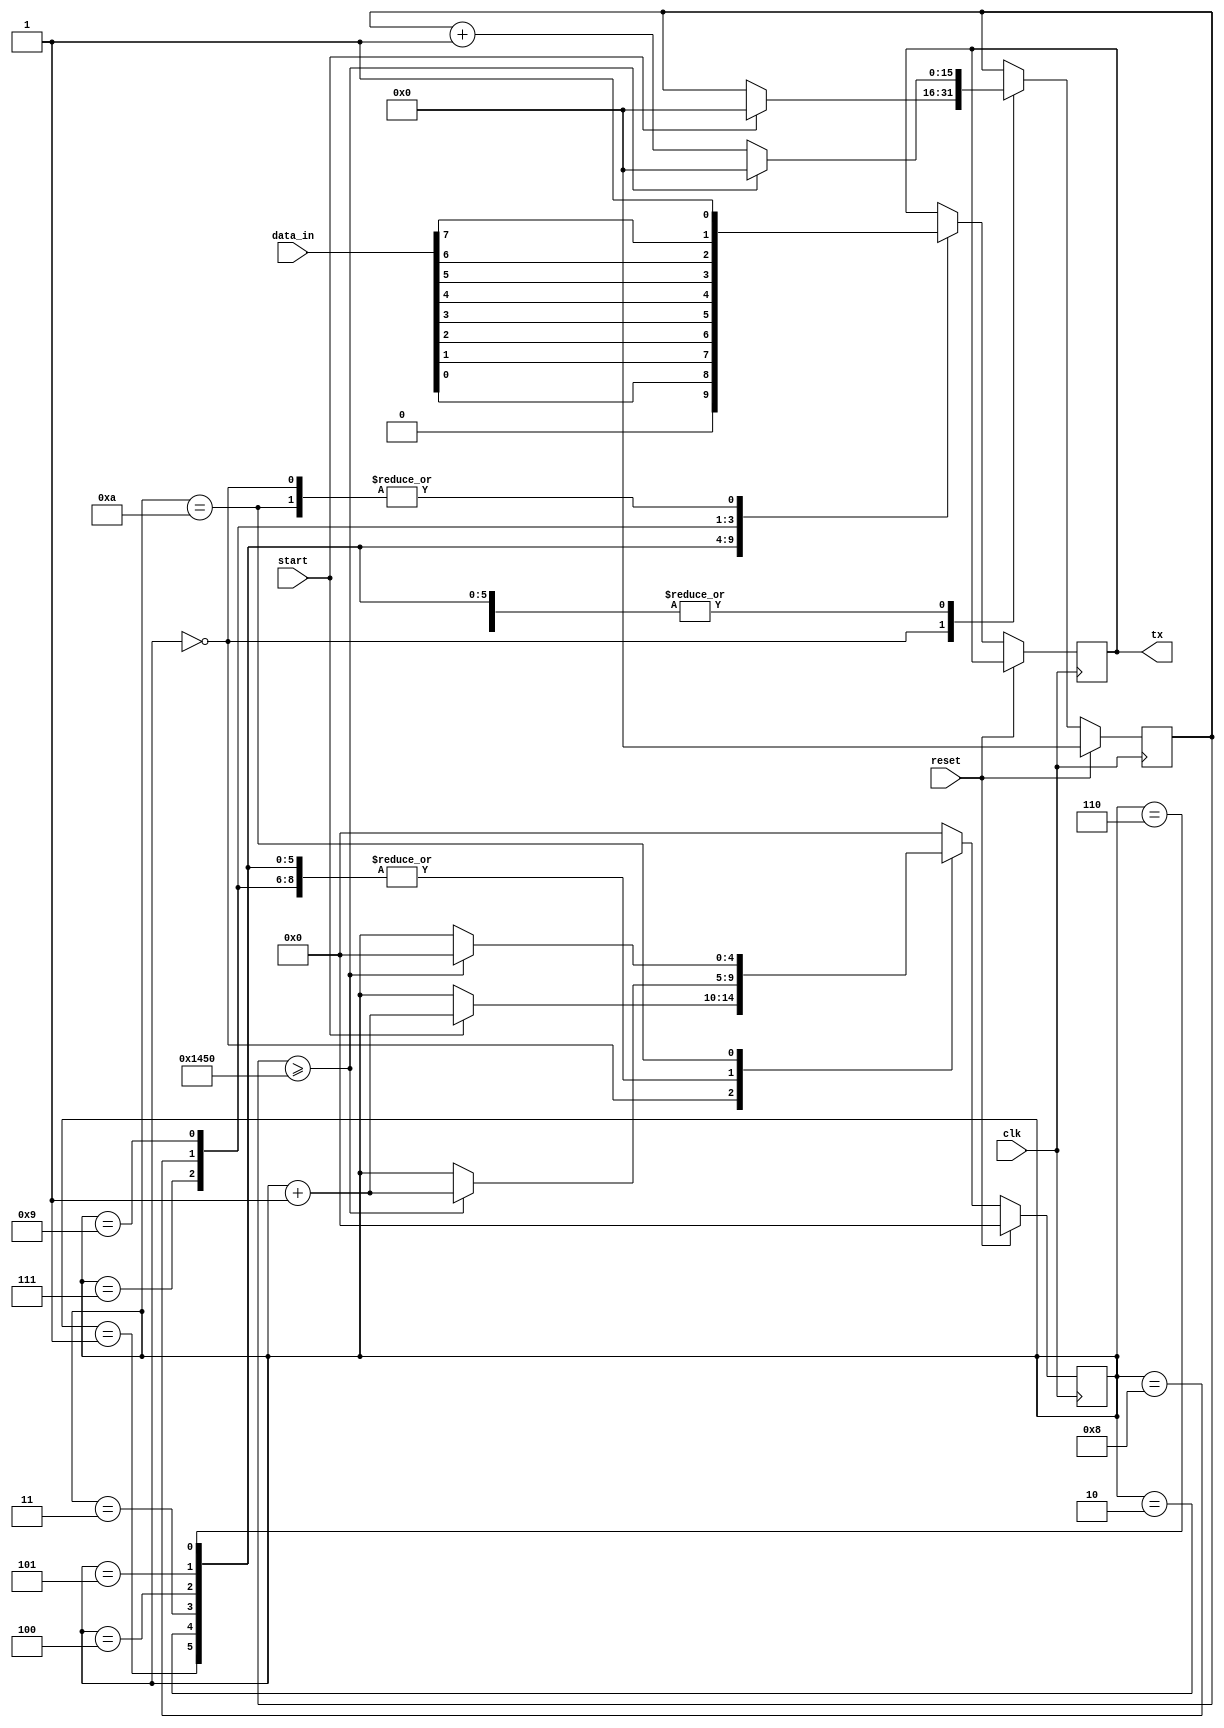
module transmiter
(
	input [7:0] data_in,
	input start,
	input reset,
	input clk,
	output reg tx
);

reg [4:0] state;
reg [15 : 0] counting_register ;

always@(posedge clk)
begin
	if (reset == 1)
		begin
		state <= 0;
		counting_register <= 0;
		end
	else begin
		case (state)
		0:	//idle state
			begin
			tx <= 1;
			if(start == 1)
				begin
				state <= state +1;
				counting_register <= 0;
				end
			end//end idle state 
		1:		//start bit
			begin
			tx <= 0;
			if(counting_register >= 5200)
				begin
				counting_register <= 0;
				state <= state +1;
				end
			else
				begin
				counting_register <= counting_register + 1;
				end 
			end //end start bit
		2 : 
			//lsb
			begin
			tx <= data_in[0];
			if(counting_register >= 5200)
				begin
				counting_register <= 0;
				state <= state +1;
				end
			else
				begin
				counting_register <= counting_register + 1;
				end 
			end 
			
		3 : 
			//2nd bit
			begin
			tx <= data_in[1];
			if(counting_register >= 5200)
				begin
				counting_register <= 0;
				state <= state +1;
				end
			else
				begin
				counting_register <= counting_register + 1;
				end 
			end 
			
			4 : 
			//3rd bit
			begin
			tx <= data_in[2];
			if(counting_register >= 5200)
				begin
				counting_register <= 0;
				state <= state +1;
				end
			else
				begin
				counting_register <= counting_register + 1;
				end 
			end 
			
			5 : 
			//4th bit
			begin
			tx <= data_in[3];
			if(counting_register >= 5200)
				begin
				counting_register <= 0;
				state <= state +1;
				end
			else
				begin
				counting_register <= counting_register + 1;
				end 
			end 
			
			6 : 
			//5th bit
			begin
			tx <= data_in[4];
			if(counting_register >= 5200)
				begin
				counting_register <= 0;
				state <= state +1;
				end
			else
				begin
				counting_register <= counting_register + 1;
				end 
			end 
			
			7 : 
			//6th bit
			begin
			tx <= data_in[5];
			if(counting_register >= 5200)
				begin
				counting_register <= 0;
				state <= state +1;
				end
			else
				begin
				counting_register <= counting_register + 1;
				end 
			end 
			
			8 : 
			//7th bit
			begin
			tx <= data_in[6];
			if(counting_register >= 5200)
				begin
				counting_register <= 0;
				state <= state +1;
				end
			else
				begin
				counting_register <= counting_register + 1;
				end 
			end 
			
			9 : 
			//msb
			begin
			tx <= data_in[7];
			if(counting_register >= 5200)
				begin
				counting_register <= 0;
				state <= state +1;
				end
			else
				begin
				counting_register <= counting_register + 1;
				end 
			end 
			
			10 : 
			//end 
			begin
			tx <= 1;
			if(counting_register >= 5200)
				begin
				counting_register <= 0;
				state <= 0;
				end
			else
				begin
				counting_register <= counting_register + 1;
				end 
			end 
			
		default: state <= 0;
		endcase
	end 
	

end 

endmodule